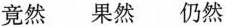
竟然 果然 仍然